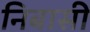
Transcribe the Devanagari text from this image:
निबासी